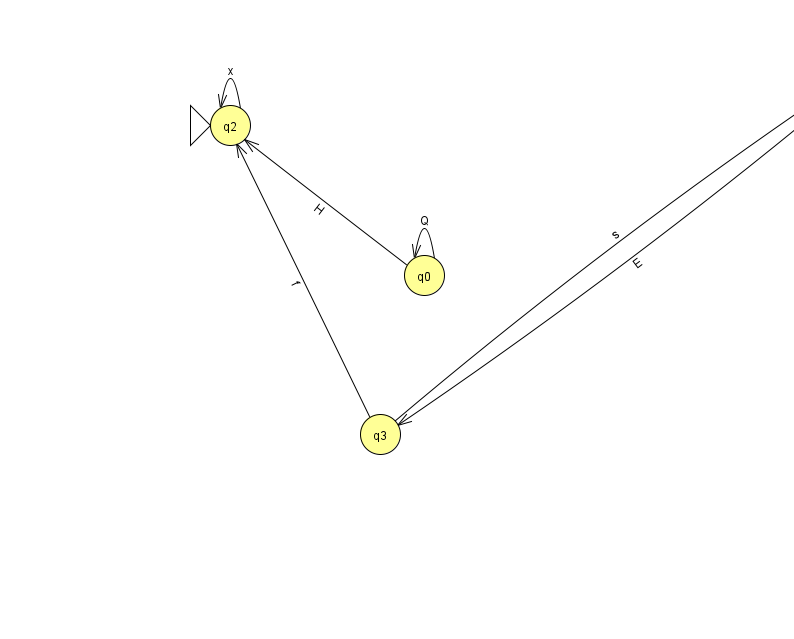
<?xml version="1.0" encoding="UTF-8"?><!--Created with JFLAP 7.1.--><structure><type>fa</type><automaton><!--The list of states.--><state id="0" name="q0"><x>424.0</x><y>262.0</y></state><state id="1" name="q1"><x>873.0</x><y>50.0</y><final/></state><state id="2" name="q2"><x>230.0</x><y>112.0</y><initial/></state><state id="3" name="q3"><x>380.0</x><y>421.0</y></state><!--The list of transitions.--><transition><from>0</from><to>0</to><read>Q</read></transition><transition><from>1</from><to>1</to><read>A</read></transition><transition><from>3</from><to>2</to><read>f</read></transition><transition><from>0</from><to>2</to><read>H</read></transition><transition><from>2</from><to>2</to><read>x</read></transition><transition><from>3</from><to>1</to><read>s</read></transition><transition><from>1</from><to>3</to><read>E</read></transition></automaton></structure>